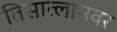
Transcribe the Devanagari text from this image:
तिसात्लानवर